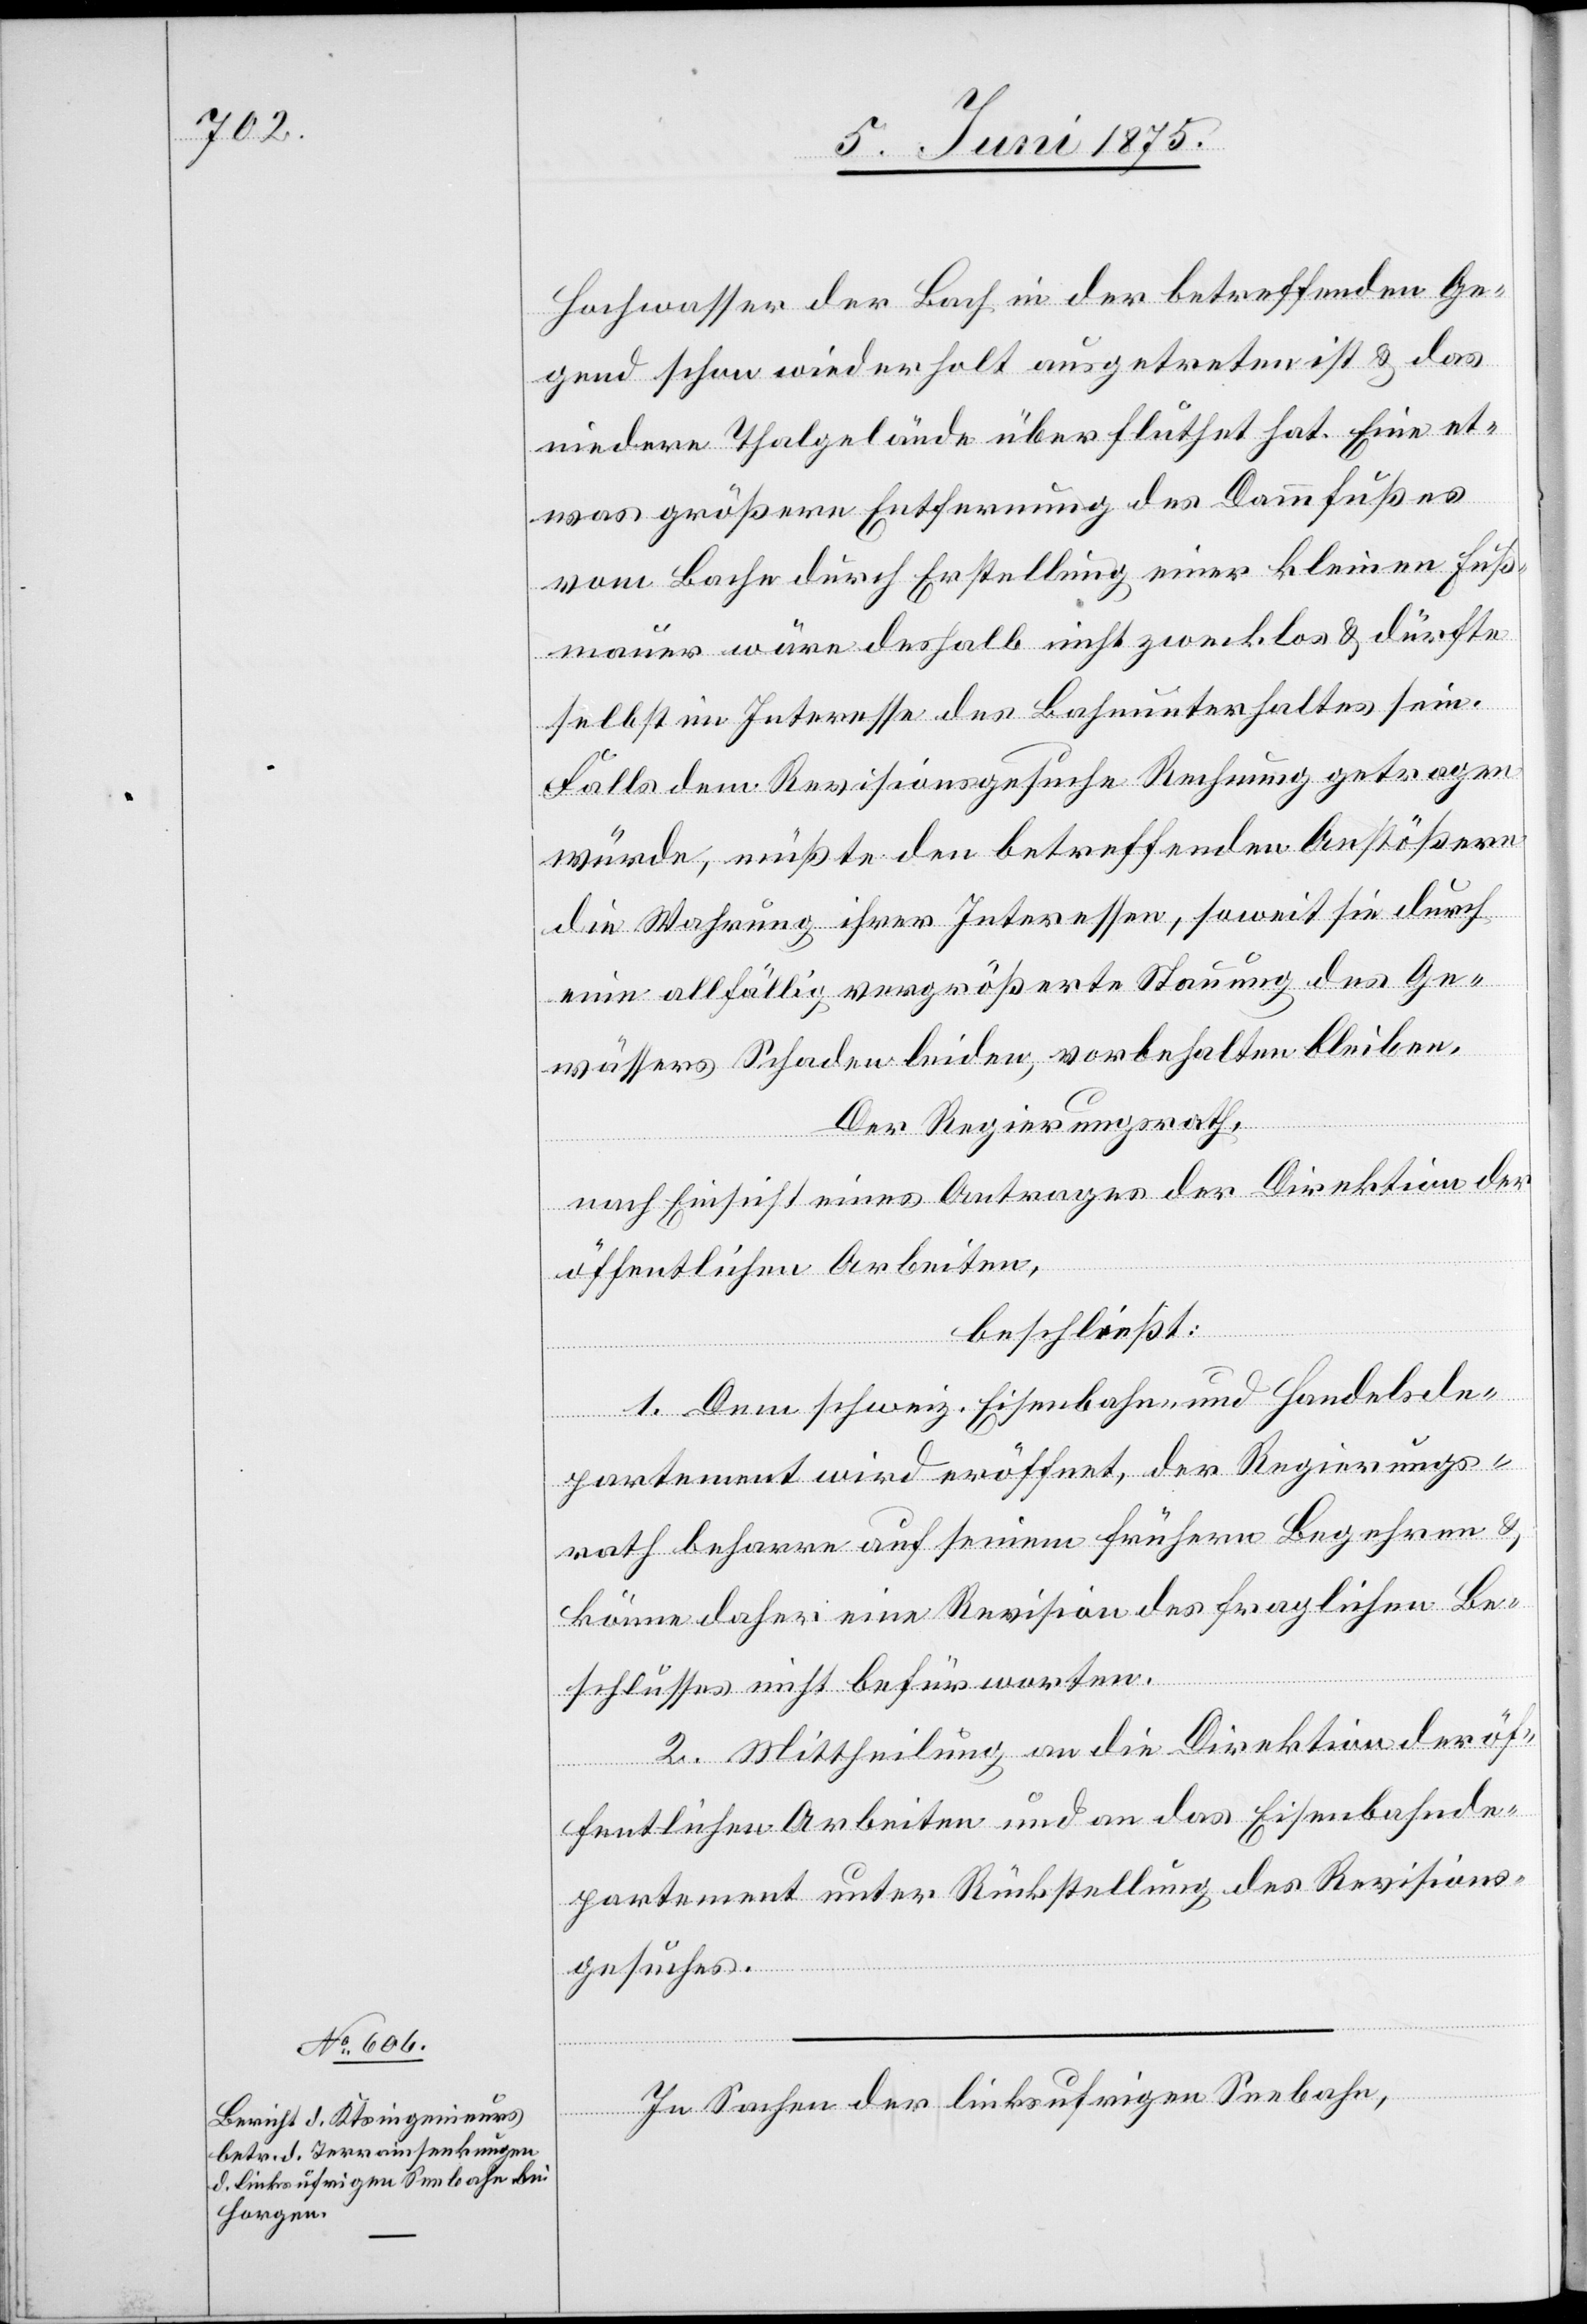
Hochwasser der Bach in der betreffenden Ge¬
gend schon wiederholt ausgetreten ist & das
niedere Thalgelände überflutet hat. Eine et¬
was größere Entfernung des Dammfußes
vom Bache durch Erstellung einer kleinen Fuß¬
mauer wäre deshalb nicht zwecklos & dürfte
selbst im Interesse des Bahnunterhalters sein.
Falls dem Revisionsgesuche Rechnung getragen
würde, müßte den betreffenden Anstößern
die Wahrung ihrer Interessen, soweit sie durch
eine allfällig vergrößerte Stauung des Ge¬
wässers Schaden leiden, vorbehalten bleiben.
Der Regierungsrath,
nach Einsicht eines Antrages der Direktion der
öffentlichen Arbeiten,
beschließt:
1. Dem schweiz. Eisenbahn- und Handelsde¬
partement wird eröffnet, der Regierungs¬
rath beharre auf seinem frühern Begehren &
könne daher eine Revision des fraglichen Be¬
schlusses nicht befürworten.
2. Mittheilung an die Direktion der öf¬
fentlichen Arbeiten und an das Eisenbahnde¬
partement unter Rückstellung des Revisions¬
gesuches.
In Sachen der linksufrigen Seebahn,